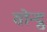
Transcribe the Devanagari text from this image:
सोन्द्रु